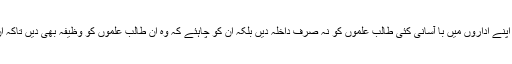
البتہ جو معروف اور بڑے بڑے سکول' کالجز اور یونیورسٹیاں ہیں ان کے مالکان اپنے اداروں میں با آسانی کئی طالب علموں کو نہ صرف داخلہ دیں بلکہ ان کو چاہئے کہ وہ ان طالب علموں کو وظیفہ بھی دیں تاکہ ان کے والدین کو اپنے بچوں کو سکول نہ بھجوانے کا کوئی جواز ہی نہ مل سکے۔